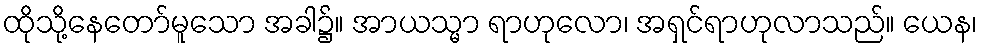
ထိုသို့နေတော်မူသော အခါ၌။ အာယသ္မာ ရာဟုလော၊ အရှင်ရာဟုလာသည်။ ယေန၊